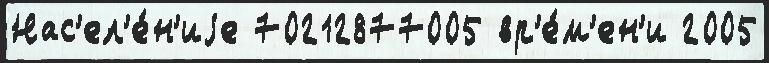
Нас'ел'е́н'иjе 70212877005 вр'е́м'ен'и 2005